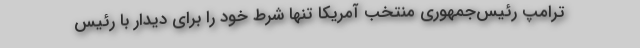
ترامپ رئیس‌جمهوری منتخب آمریکا تنها شرط خود را برای دیدار با رئیس